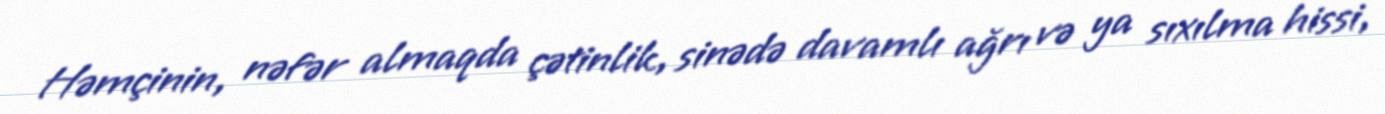
Həmçinin, nəfər almaqda çətinlik, sinədə davamlı ağrı və ya sıxılma hissi,